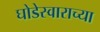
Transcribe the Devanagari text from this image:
घोडेस्वाराच्या